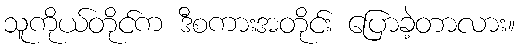
သူကိုယ်တိုင်က ဒီစကားအတိုင်း ပြောခဲ့တာလား။